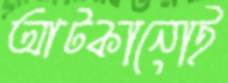
আটকানোই